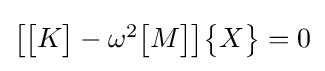
{\begin{bmatrix}{\begin{bmatrix}K\end{bmatrix}}-\omega ^{2}{\begin{bmatrix}M\end{bmatrix}}\end{bmatrix}}{\begin{Bmatrix}X\end{Bmatrix}}=0